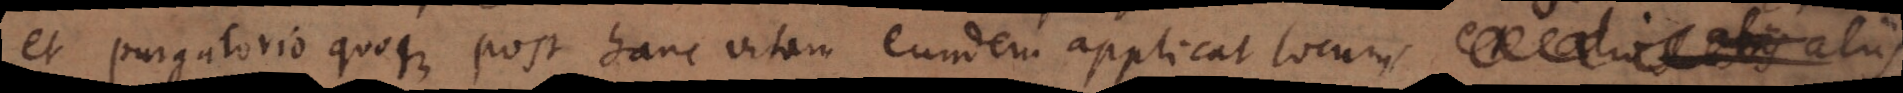
et purgatorio quoque post hanc vitam eundem applicat locum e